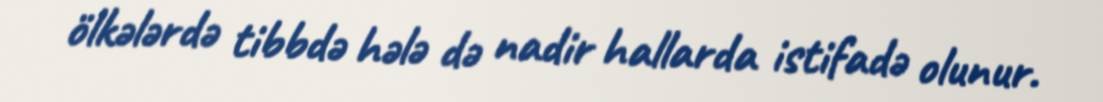
ölkələrdə tibbdə hələ də nadir hallarda istifadə olunur.